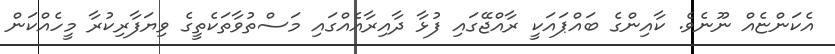
އެކަންޏެއް ނޫނެވެ. ކާއިންގެ ބައްޕައަކީ ރާއްޖޭގައި ފުޅާ ދާއިރާއެއްގައި މަސްތުވާތަކެތީގެ ވިޔަފާރިކުރާ މީހެއްކަން